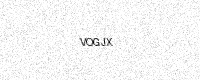
Text: VOGJX